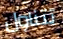
تتناول